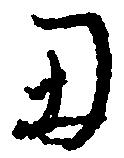
丑